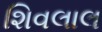
શિવલાલ